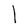
Character: l